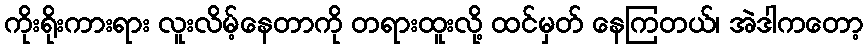
ကိုးရိုးကားရား လူးလိမ့်နေတာကို တရားထူးလို့ ထင်မှတ် နေကြတယ်၊ အဲဒါကတော့